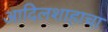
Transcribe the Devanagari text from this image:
आदिलशाहाचा